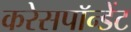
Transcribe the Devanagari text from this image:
करेसपॉन्डेंट